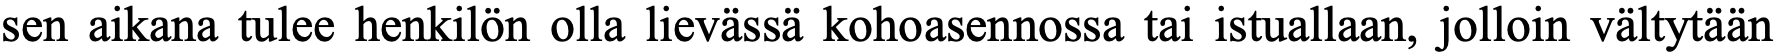
sen aikana tulee henkilön olla lievässä kohoasennossa tai istuallaan, jolloin vältytään